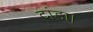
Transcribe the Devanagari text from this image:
टांडा।